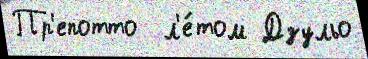
Пр'епотто  л'е́том Дзульо